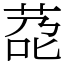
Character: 莻